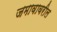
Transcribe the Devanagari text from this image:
जमावावरील